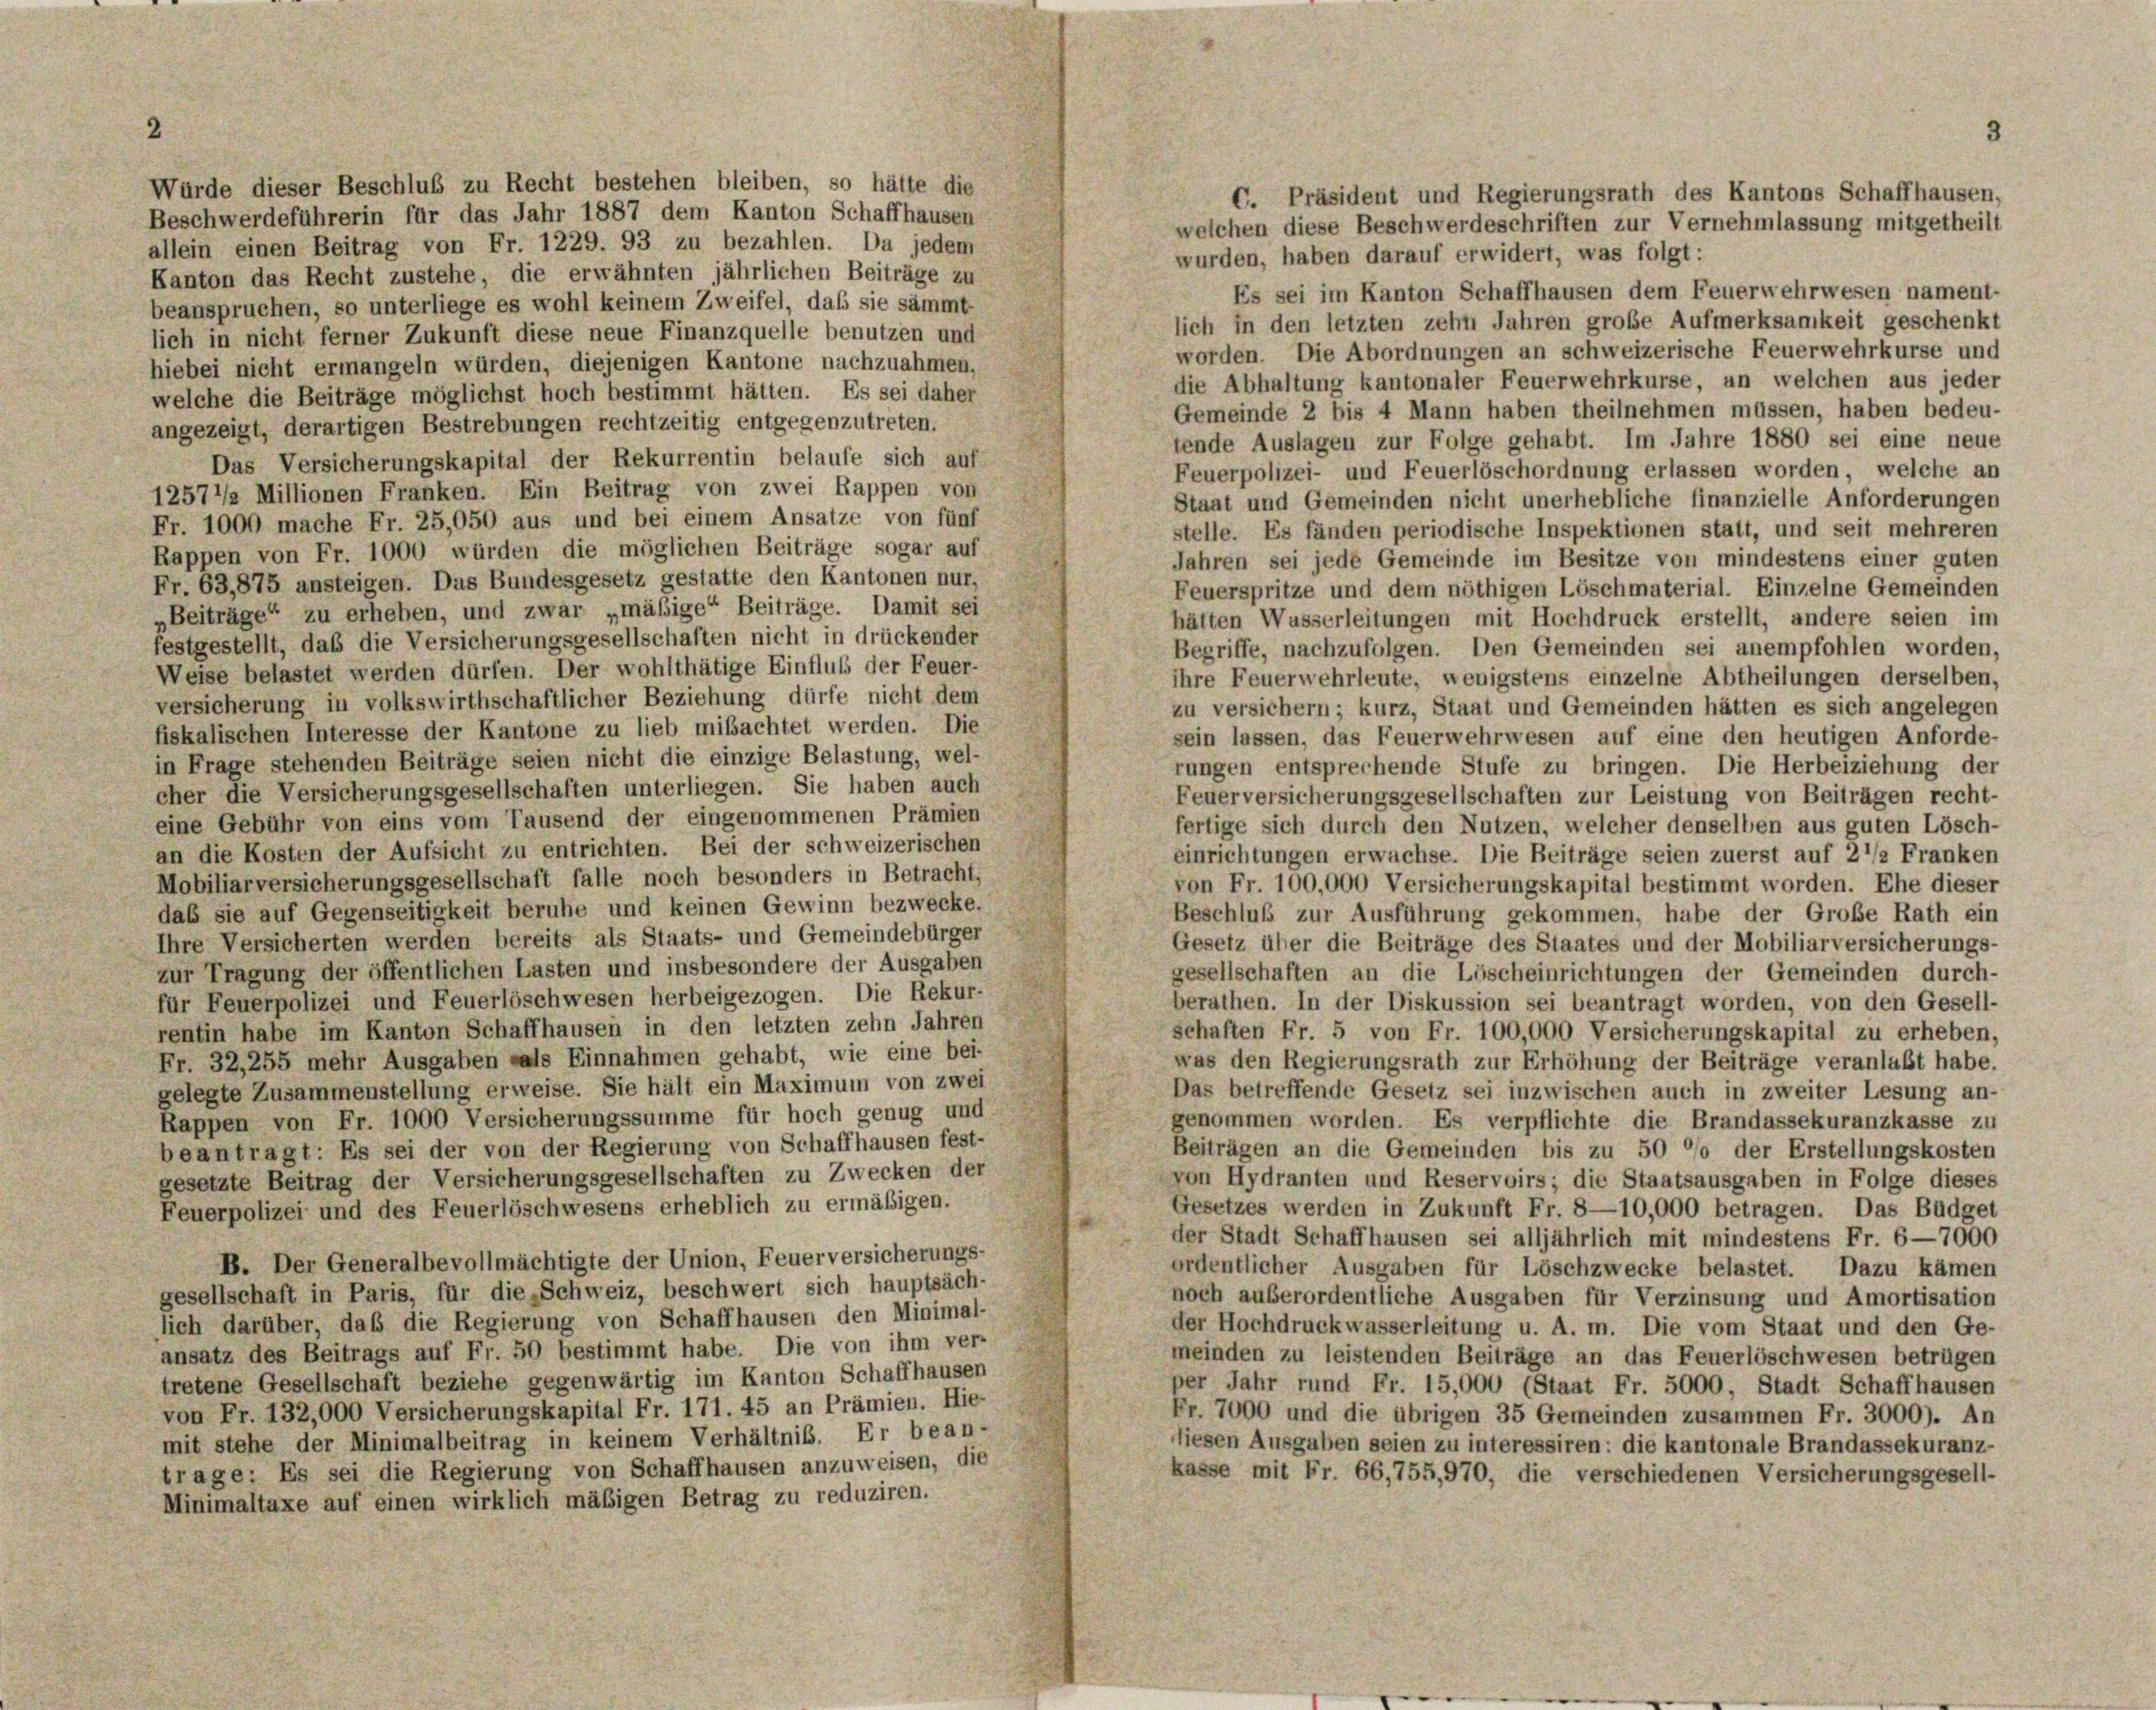
2

Würde dieser Beschluß zu Recht bestehen bleiben, so hätte die
C. Präsident und Regierungsrath des Kantons Schaffhausen,
Beschwerdeführerin für das Jahr 1887 dem Kanton Schaffhausen
welchen diese Beschwerdeschriften zur Vernehmlassung mitgetheilt
allein einen Beitrag von Fr. 1229. 93 zu bezahlen. Da jedem
wurden, haben darauf erwidert, was folgt:
Kanton das Recht zustehe, die erwähnten jährlichen Beiträge zu
Es sei im Kanton Schaffhausen dem Feuerwehrwesen nament-
beanspruchen, so unterliege es wohl keinem Zweifel, daß sie sämmt
lich in den letzten zehn Jahren große Aufmerksamkeit geschenkt
lich in nicht ferner Zukunft diese neue Finanzquelle benutzen und
worden. Die Abordnungen an schweizerische Feuerwehrkurse und
hiebei nicht ermangeln würden, diejenigen Kantone nachzuahmen,
die Abhaltung kantonaler Feuerwehrkurse, un welchen aus jeder
welche die Beiträge möglichst hoch bestimmt hätten. Es sei daher
Gemeinde 2 bis 4 Mann haben theilnehmen müssen, haben bedeu-
angezeigt, derartigen Bestrebungen rechtzeitig entgegenzutreten.
tende Auslagen zur Folge gehabt. Im Jahre 1880 sei eine neue
Das Versicherungskapital der Rekurrentin belaufe sich auf
Feuerpolizei- und Feuerlöschordnung erlassen worden, welche an
12571/2 Millionen Franken. Ein Beitrug von zwei Rappen von
Staat und Gemeinden nicht unerhebliche finanzielle Anforderungen
Fr. 1000 mache Fr. 25,050 aus und bei einem Ansatze von fünf
stelle. Es fänden periodische Inspektionen statt, und seit mehreren
Rappen von Fr. 1000 würden die möglichen Beiträge sogar auf
Jahren sei jede Gemeinde im Besitze von mindestens einer guten
Fr. 63,875 ansteigen. Das Bundesgesetz gestatte den Kantonen nur,
Feuerspritze und dem nöthigen Löschmaterial. Einzelne Gemeinden
„Beiträge“ zu erheben, und zwar „mäßige“ Beiträge. Damit sei
häften Wasserleitungen mit Hochdruck erstellt, andere seien im
festgestellt, das die Versicherungsgesellschaften nicht in drückender
Begriffe, nachzufolgen. Den Gemeinden sei anempfohlen worden,
Weise belastet werden dürfen. Der wohlthätige Einfluss der Feuer-
ihre Feuerwehrleute, wenigstens einzelne Abtheilungen derselben,
versicherung in volkswirthschaftlicher Beziehung dürfe nicht dem
zu versichern; kurz, Staat und Gemeinden hätten es sich angelegen
fiskalischen Interesse der Kantone zu lieb mißachtet werden. Die
sein lassen, das Feuerwehrwesen auf eine den heutigen Anforde-
in Frage stehenden Beiträge seien nicht die einzige Belastung, wel-
rungen entsprechende Stufe zu bringen. Die Herbeiziehung der
cher die Versicherungsgesellschaften unterliegen. Sie haben auch
Feuerversicherungsgesellschaften zur Leistung von Beiträgen recht-
eine Gebühr von eins vom Tausend der eingenommenen Prämien
fertige sich durch den Nutzen, welcher denselben aus guten Lösch-
an die Kosten der Aufsicht zu entrichten. Bei der schweizerischen
einrichtungen erwachse. Die Beiträge seien zuerst auf 2 1/2 Franken
Mobiliarversicherungsgesellschaft falle noch besonders in Betracht,
von Fr. 100,000 Versicherungskapital bestimmt worden. Ehe dieser
das sie auf Gegenseitigkeit beruhe und keinen Gewinn bezwecke.
Beschluß zur Ausführung gekommen, habe der Große Rath ein
Ihre Versicherten werden bereits als Staats- und Gemeindebürger
Gesetz über die Beiträge des Staates und der Mobiliarversicherungs-
zur Tragung der öffentlichen Lasten und insbesondere der Ausgaben
gesellschaften an die Löscheinrichtungen der Gemeinden durch-
für Feuerpolizei und Feuerlöschwesen herbeigezogen. Die Rekur-
berathen. In der Diskussion sei beantragt worden, von den Gesell-
rentin habe im Kanton Schaffhausen in den letzten zehn Jahren
schaften Fr. 5 von Fr. 100,000 Versicherungskapital zu erheben,
Fr. 32, 255 mehr Ausgaben als Einnahmen gehabt, wie eine bei-
was den Regierungsrath zur Erhöhung der Beiträge veranlaßt habe.
gelegte Zusammenstellung erweise. Sie hält ein Maximum von zwei
Das betreffende Gesetz sei inzwischen auch in zweiter Lesung an-
Rappen von Fr. 1000 Versicherungssumme für hoch genug und
genommen worden. Es verpflichte die Brandassekuranzkasse zu
beantragt: Es sei der von der Regierung von Schaffhausen fest-
Beiträgen an die Gemeinden bis zu 50 °/o der Erstellungskosten
gesetzte Beitrag der Versicherungsgesellschaften zu Zwecken der
von Hydranten und Reservoirs; die Staatsausgaben in Folge dieses
Gesetzes werden in Zukunft Fr. 8—10,000 betragen. Das Büdget
Feuerpolizei und des Feuerlöschwesens erheblich zu ermäßigen.
der Stadt Schaffhausen sei alljährlich mit mindestens Fr. 6—7000
B. Der Generalbevollmächtigte der Union, Feuerversicherungs-
ordentlicher Ausgaben für Löschzwecke belastet. Dazu kämen
gesellschaft in Paris, für die „Schweiz, beschwert sich hauptsäch-
noch außerordentliche Ausgaben für Verzinsung und Amortisation
lich darüber, daß die Regierung von Schaffhausen den Minimal-
der Hochdruckwasserleitung u. A. m. Die vom Staat und den Ge-
ansatz des Beitrags auf Fr. 50 bestimmt habe. Die von ihm ver-
meinden zu leistenden Beiträge an das Feuerlöschwesen betrügen
tretene Gesellschaft beziehe gegenwärtig im Kanton Schaffhausen
per Jahr rund Fr. 15,000 (Staat Fr. 5000, Stadt Schaffhausen
von Fr. 132,000 Versicherungskapital Fr. 171. 45 an Prämien. Hie-
Fr. 7000 und die übrigen 35 Gemeinden zusammen Fr. 3000). An
mit stehe der Minimalbeitrag in keinem Verhältnis. Er bean-
diesen Ausgaben seien zu interessiren: die kantonale Brandassekuranz-
trage: Es sei die Regierung von Schaffhausen anzuweisen, die
kasse mit Fr. 66,755,970, die verschiedenen Versicherungsgesell-
Minimaltaxe auf einen wirklich mäßigen Betrag zu reduziren.

3